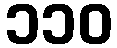
၁၁၀